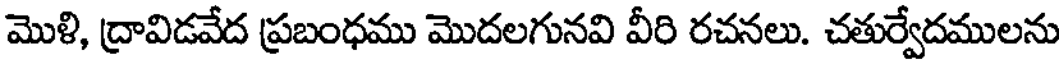
మొళి, ద్రావిడవేద ప్రబంధము మొదలగునవి వీరి రచనలు. చతుర్వేదములను